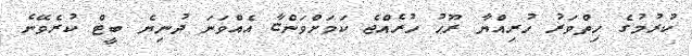
ކުރުމުގެ ހިތްވަރު ހުރިއްޔާ ރޫޙު ހުރެއްޖެ ކަމަށްވަންޏާ އެއްވަނަ ދުނިޔެ ބީޓް ކުރެވޭނެ